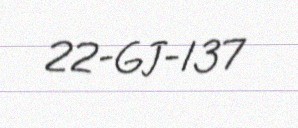
22-GJ-137